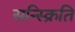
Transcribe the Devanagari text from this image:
सन्स्क्रिति